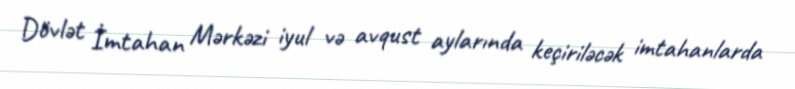
Dövlət İmtahan Mərkəzi iyul və avqust aylarında keçiriləcək imtahanlarda